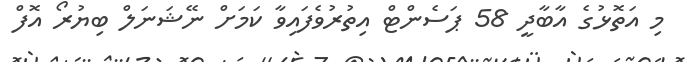
މި އަތޮޅުގެ އާބާދީ 58 ޕަސެންޓް އިތުރުވެފައިވާ ކަމަށް ނޭޝަނަލް ބިޔުރޯ އޮފް